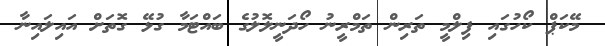
މޭކަޕް ކޯހުގައި ފިލްމީ ތަރިން ތަމްރީނު ހޯދަނީލޮލުގެ ބައްޓަމާ ގުޅޭ ގޮތަށް އައިލައިނާ